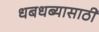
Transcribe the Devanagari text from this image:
धबधब्यासाठी